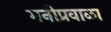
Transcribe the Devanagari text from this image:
मनीप्रवाळा